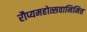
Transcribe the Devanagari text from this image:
रौप्यमहोत्सवानिमित्त